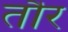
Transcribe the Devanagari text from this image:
तौर